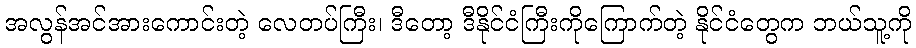
အလွန်အင်အားကောင်းတဲ့ လေတပ်ကြီး၊ ဒီတော့ ဒီနိုင်ငံကြီးကိုကြောက်တဲ့ နိုင်ငံတွေက ဘယ်သူ့ကို